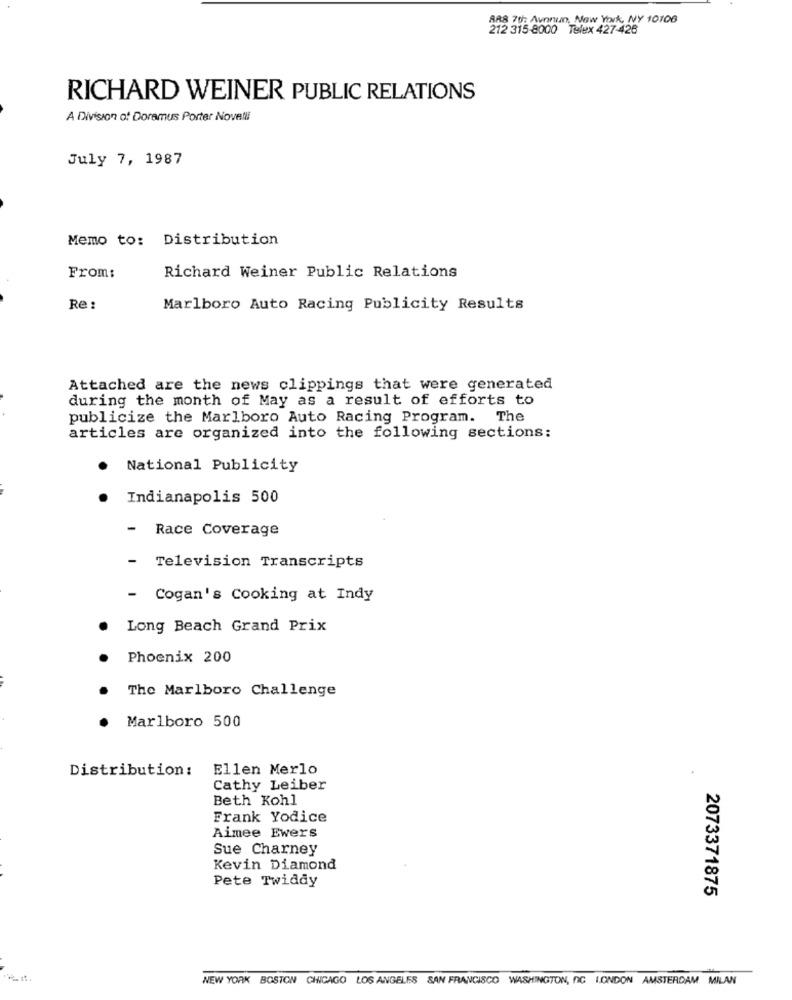
AR8 70: Avnnun, New York, NY 10106
212 315-8000 Telex 427-426
RICHARD WEINER PUBLIC RELATIONS
A Division of Doramus Porter Novelli
July 7, 1987
Memo to: Distribution
From:
Richard Weiner Public Relations
Re :
Marlboro Auto Racing Publicity Results
Attached are the news clippings that were generated
during the month of May as a result of efforts to
publicize the Marlboro Auto Racing Program. The
articles are organized into the following sections:
National Publicity
Indianapolis 500
-
Race Coverage
-
Television Transcripts
- Cogan's Cooking at Indy
Long Beach Grand Prix
Phoenix 200
The Marlboro Challenge
Marlboro 500
Distribution:
Ellen Merlo
Cathy Leiber
Beth Kohl
Frank Yodice
Aimee Ewers
Sue Charney
Kevin Diamond
Pete Twiddy
2073371875
NEW YORK BOSTON CINCAGO LOS ANGELES SAN FRANCISCO WASHINGTON, NIC LONDON AMSTERDAM MILAN